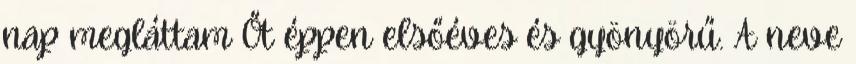
nap megláttam Őt éppen elsőéves és gyönyörű. A neve